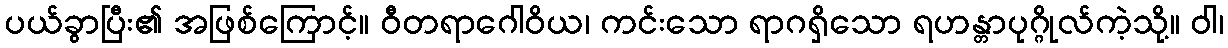
ပယ်ခွာပြီး၏ အဖြစ်ကြောင့်။ ဝီတရာဂေါဝိယ၊ ကင်းသော ရာဂရှိသော ရဟန္တာပုဂ္ဂိုလ်ကဲ့သို့။ ဝါ၊